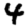
Digit: 4